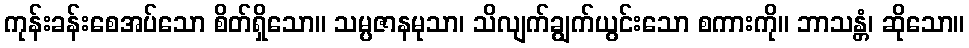
ကုန်းခန်းစေအပ်သော စိတ်ရှိသော။ သမ္ပဇာနမုသာ၊ သိလျက်ချွက်ယွင်းသော စကားကို။ ဘာသန္တံ၊ ဆိုသော။